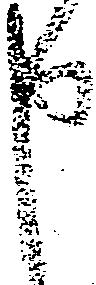
申